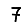
Digit: 7